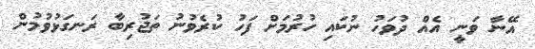
އޭނާ ވަނީ އެއް ދުވަހު ނުކައި ހުރުމަށް ފަހު ކުރެވުނު ތަޖުރިބާ ރަނގަޅުވުމުން